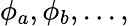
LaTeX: \phi_{a},\phi_{b},...,